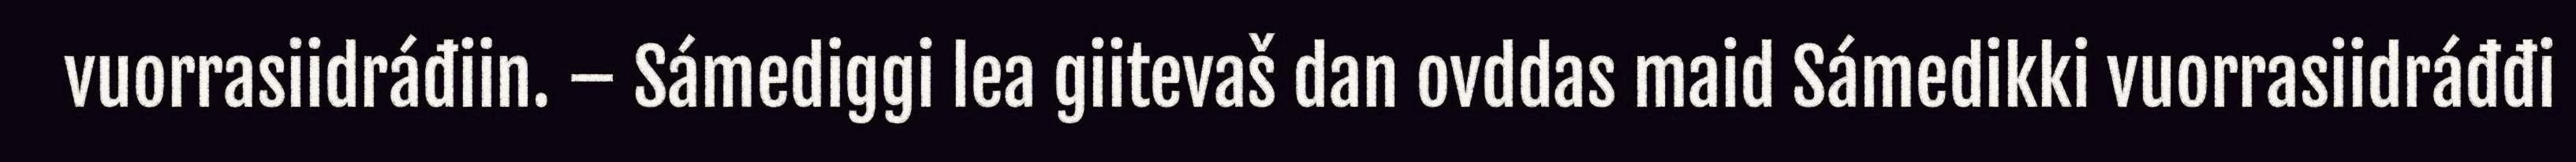
vuorrasiidráđiin. – Sámediggi lea giitevaš dan ovddas maid Sámedikki vuorrasiidráđđi